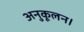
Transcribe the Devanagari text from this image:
अनुकूलन।